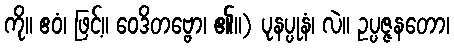
ကို။ ဧဝံ၊ ဖြင့်။ ဝေဒိတဗ္ဗော၊ ၏။) ပုနပ္ပုနံ၊ လဲ။ ဥပ္ပဇ္ဇနတော၊